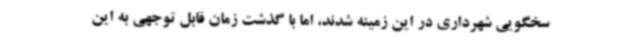
سخگویی شهرداری در این زمینه شدند، اما با گذشت زمان قابل توجهی به این